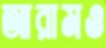
আরামও